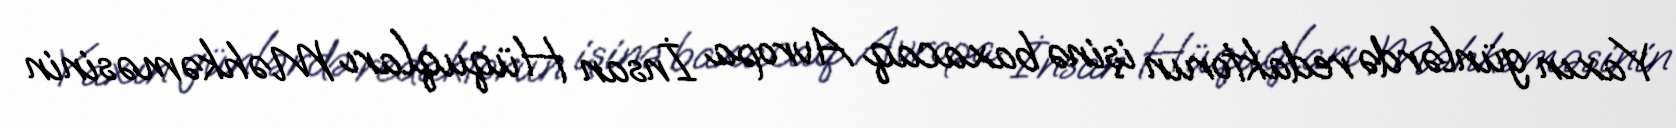
Yaxın günlərdə redaktorun işinə baxacaq Avropa İnsan Hüquqları Məhkəməsinin